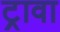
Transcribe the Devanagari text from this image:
ट्रावा